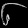
Digit: ၆